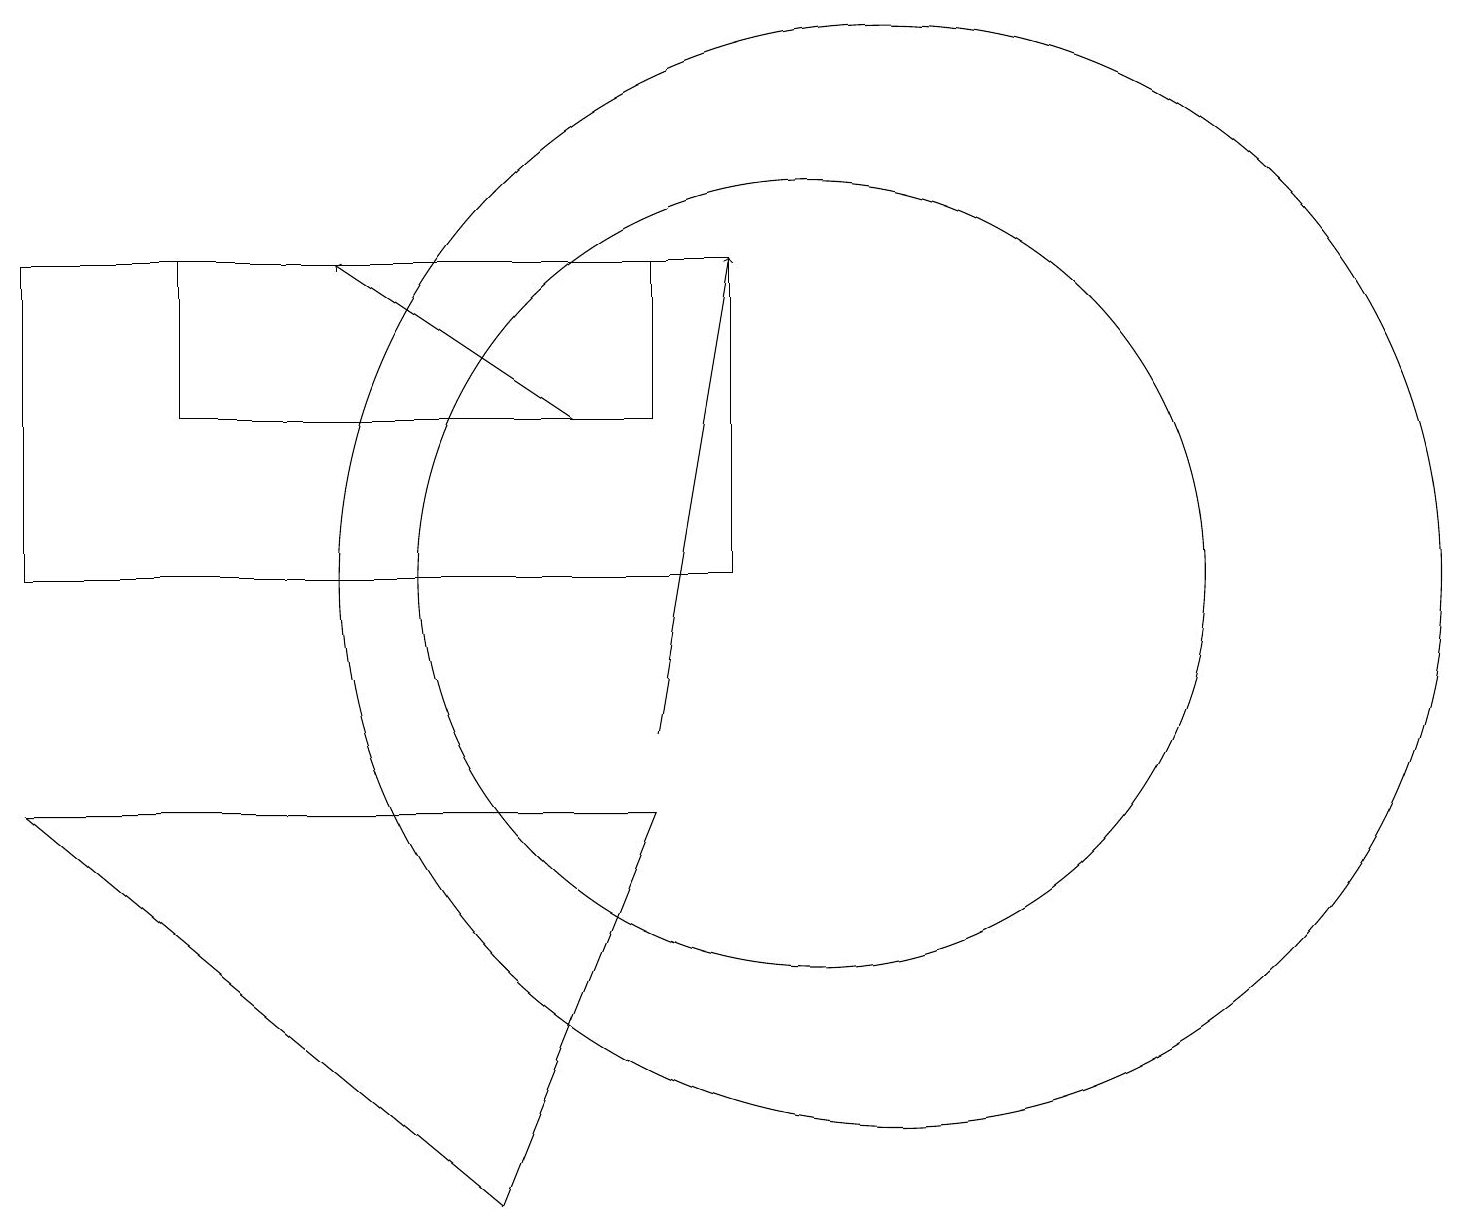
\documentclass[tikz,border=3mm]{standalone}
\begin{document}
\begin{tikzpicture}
\draw (9,16) rectangle (0,12);
\draw (10,12) circle (5);
\draw (6,4) -- (0,9) -- (8,9) -- cycle;
\draw[->] (7,14) -- (4,16);
\draw[->] (8,10) -- (9,16);
\draw (2,14) rectangle (8,16);
\draw (11,12) circle (7);
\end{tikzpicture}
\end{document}